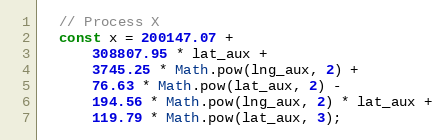
Language: JavaScript
  // Process X
  const x = 200147.07 +
      308807.95 * lat_aux +
      3745.25 * Math.pow(lng_aux, 2) +
      76.63 * Math.pow(lat_aux, 2) -
      194.56 * Math.pow(lng_aux, 2) * lat_aux +
      119.79 * Math.pow(lat_aux, 3);